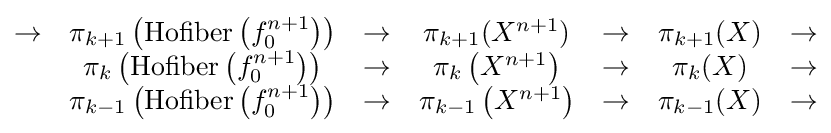
{\begin{matrix}\to &\pi _{k+1}\left({\text{Hofiber}}\left(f_{0}^{n+1}\right)\right)&\to &\pi _{k+1}(X^{n+1})&\to &\pi _{k+1}(X)&\to \\&\pi _{k}\left({\text{Hofiber}}\left(f_{0}^{n+1}\right)\right)&\to &\pi _{k}\left(X^{n+1}\right)&\to &\pi _{k}(X)&\to \\&\pi _{k-1}\left({\text{Hofiber}}\left(f_{0}^{n+1}\right)\right)&\to &\pi _{k-1}\left(X^{n+1}\right)&\to &\pi _{k-1}(X)&\to \end{matrix}}